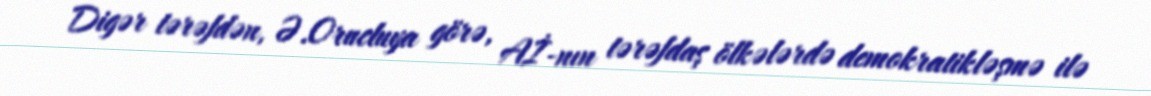
Digər tərəfdən, Ə.Orucluya görə, Aİ-nın tərəfdaş ölkələrdə demokratikləşmə ilə